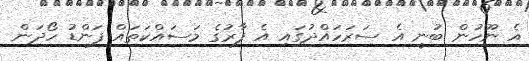
އެ ނޫހުން ބުނީ އެ ސަރަހައްދުގައި އެ ފާރުގެ މަސައްކަތައް ފަންޑު ހޯދަން